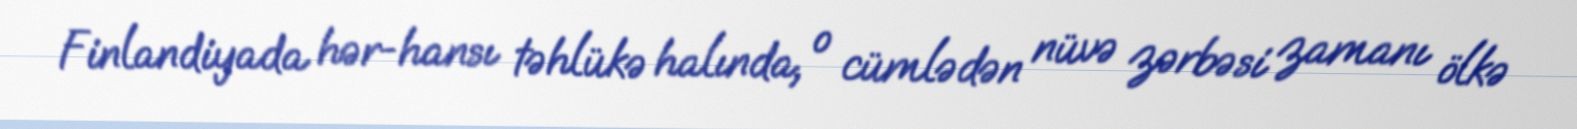
Finlandiyada hər-hansı təhlükə halında, o cümlədən nüvə zərbəsi zamanı ölkə